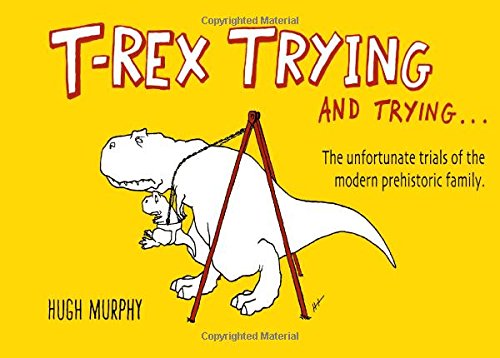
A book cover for T-Rex Trying and Trying: The Unfortunate Trials of a Modern Prehistoric Family; Hugh Murphy; Humor & Entertainment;